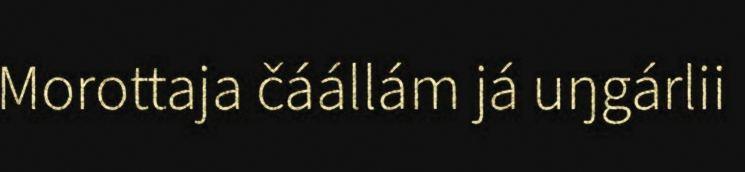
Morottaja čáállám já uŋgárlii